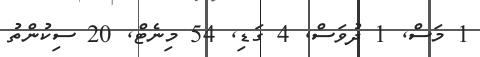
1 މަސް